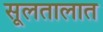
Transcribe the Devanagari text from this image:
सूलतालात